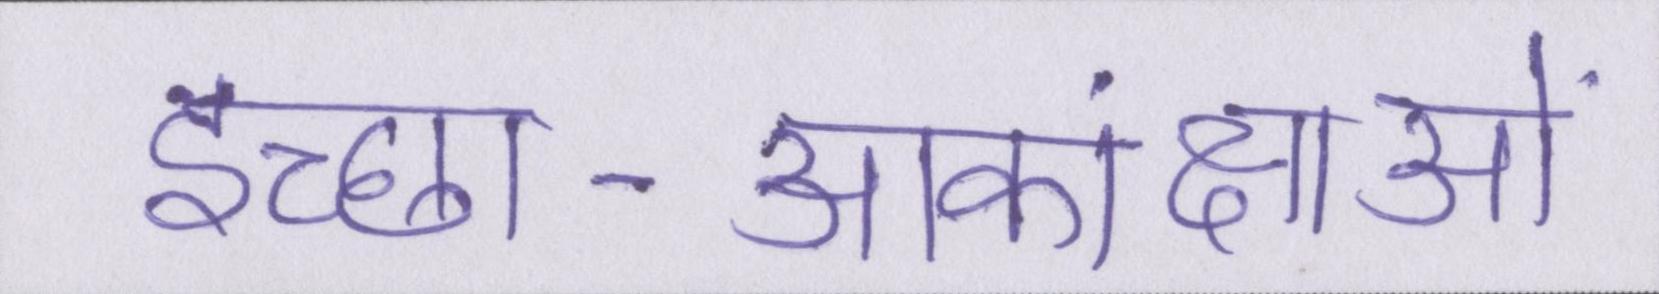
इच्छा-आकांक्षाओं